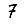
Digit: 7